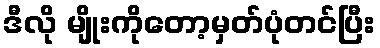
ဒီလို မျိုးကိုတော့မှတ်ပုံတင်ပြီး